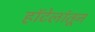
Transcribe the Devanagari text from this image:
हॉटेलांतून